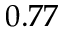
0 . 7 7